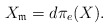
\begin{align*} X_{\frak{m}}=d\pi_e(X).\end{align*}